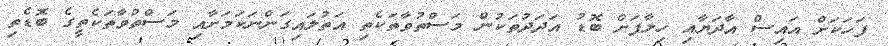
ފަހަކަށް އައިސް އާދަޔާއި ހިލާފަށް ބޮޑު އަދަދުތަކުން މަސްތުވާތަކެތި އަތުލައިގަންނަކަމަށާއި މަސްތުވާތަކެތީގެ ބޮޑެތި